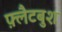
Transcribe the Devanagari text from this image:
फ़्लैटबुश